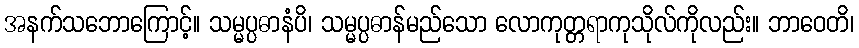
အနက်သဘောကြောင့်။ သမ္မပ္ပဓာနံပိ၊ သမ္မပ္ပဓာန်မည်သော လောကုတ္တရာကုသိုလ်ကိုလည်း။ ဘာဝေတိ၊